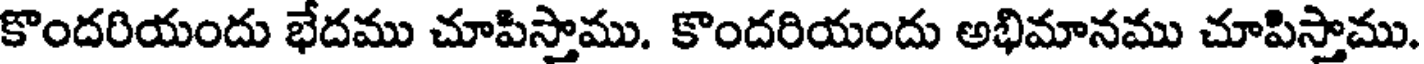
కొందరియందు భేదము చూపిస్తాము. కొందరియందు అభిమానము చూపిస్తాము.